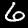
Digit: 6